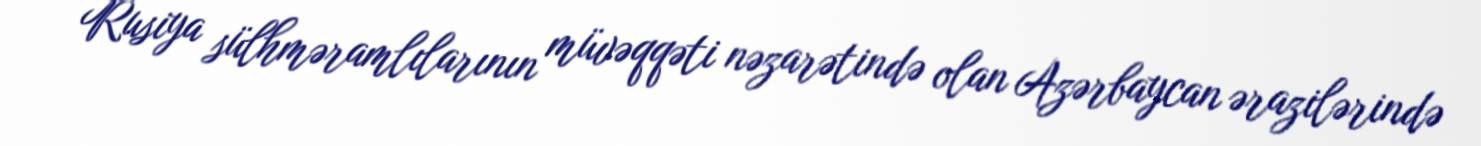
Rusiya sülhməramlılarının müvəqqəti nəzarətində olan Azərbaycan ərazilərində